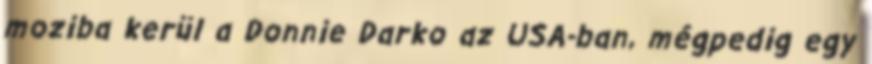
moziba kerül a Donnie Darko az USA-ban, mégpedig egy